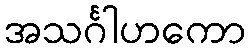
အသင်္ဂါဟကော